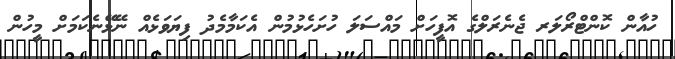
ހުއާން ކޮންޓްރޯލަރ ޖެނެރަލްގެ އޮފީހަށް މައްސަލަ ހުށަހެޅުމުން އެކަމާމެދު ފިޔަވަޅެއް ނޭޅޭނެކަމަށް މީހުން